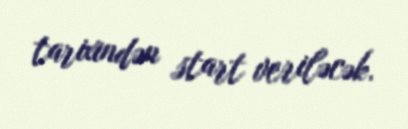
tarixindən start veriləcək.